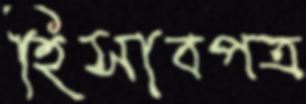
হিসাবপত্র